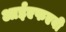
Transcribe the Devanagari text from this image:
आईएफएबी